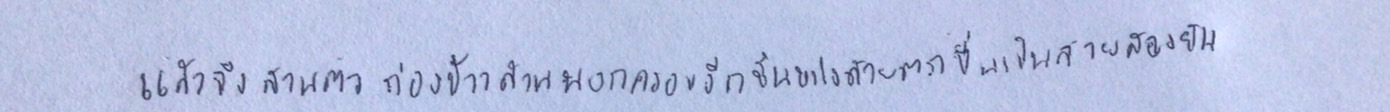
แล้วจึงสานตัวก่องข้าวด้านนอกครอบอีกชั้นหนึ่งด้วยตอกปื้นเป็นลายสองยืน